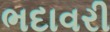
ભદાવરી